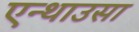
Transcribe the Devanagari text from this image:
एन्थाउसा